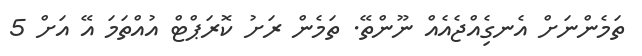
ތަމެންނަށް އެނގިެއްޖެއެއް ނޫންތޭ. ތަމެން ރަށު ކޮރަޕްޓް އުއްތަމަ އޭ އަށް 5